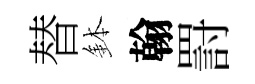
替鉢翰罸